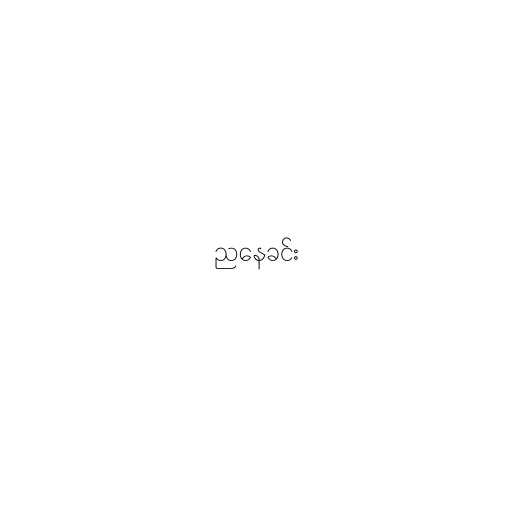
ညနေခင်း